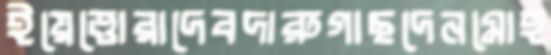
ইয়েত্তোরাদেবদারুগাছদেনমোহ